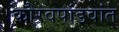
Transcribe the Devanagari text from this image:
कौरवपांडवांत